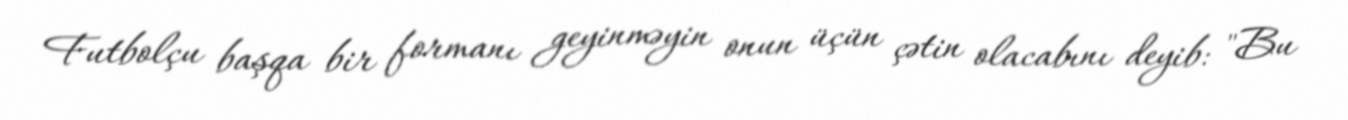
Futbolçu başqa bir formanı geyinməyin onun üçün çətin olacabını deyib: "Bu